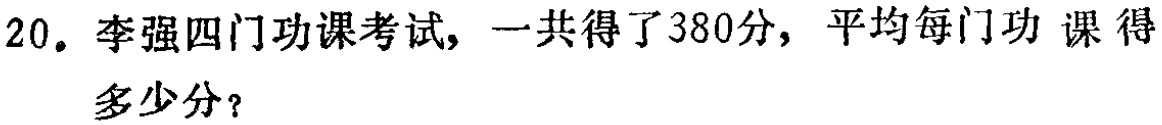
20. 李强四门功课考试，一共得了380分，平均每门功 课得多少分？